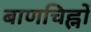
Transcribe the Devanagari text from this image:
बाणचिह्नों